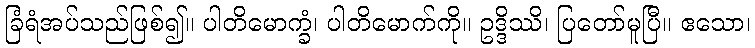
ခြံရံအပ်သည်ဖြစ်၍။ ပါတိမောက္ခံ၊ ပါတိမောက်ကို။ ဥဒ္ဒိဿိ၊ ပြတော်မူပြီ။ ဧသော၊